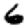
Digit: 6